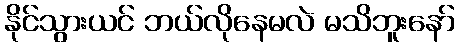
နိုင်သွားယင် ဘယ်လိုနေမလဲ မသိဘူးနော်